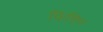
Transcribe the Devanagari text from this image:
फिशिन